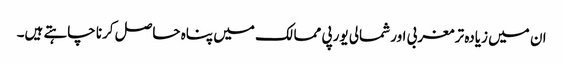
ان میں زیادہ تر مغربی اور شمالی یورپی ممالک میں پناہ حاصل کرنا چاہتے ہیں۔